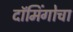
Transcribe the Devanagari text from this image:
दॉमिंगोचा